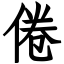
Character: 倦